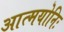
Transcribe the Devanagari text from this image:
आत्मयोनिः